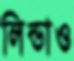
লিন্ডাও